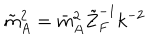
\tilde { m } _ { A } ^ { 2 } = \bar { m } _ { A } ^ { 2 } \tilde { Z } _ { F } ^ { - 1 } k ^ { - 2 }